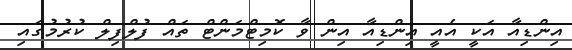
އިންޑިއާ އަކީ އެއީ އިންޑިއާ އިން ވާ ކޮމިޓްމަންޓް ތައް ފުލްފިލް ކުރުމުގައި